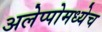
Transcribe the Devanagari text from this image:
अलेप्पोमध्येच